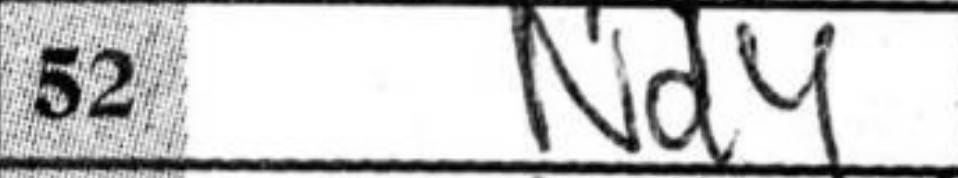
Transcription: Nd4